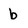
Character: b